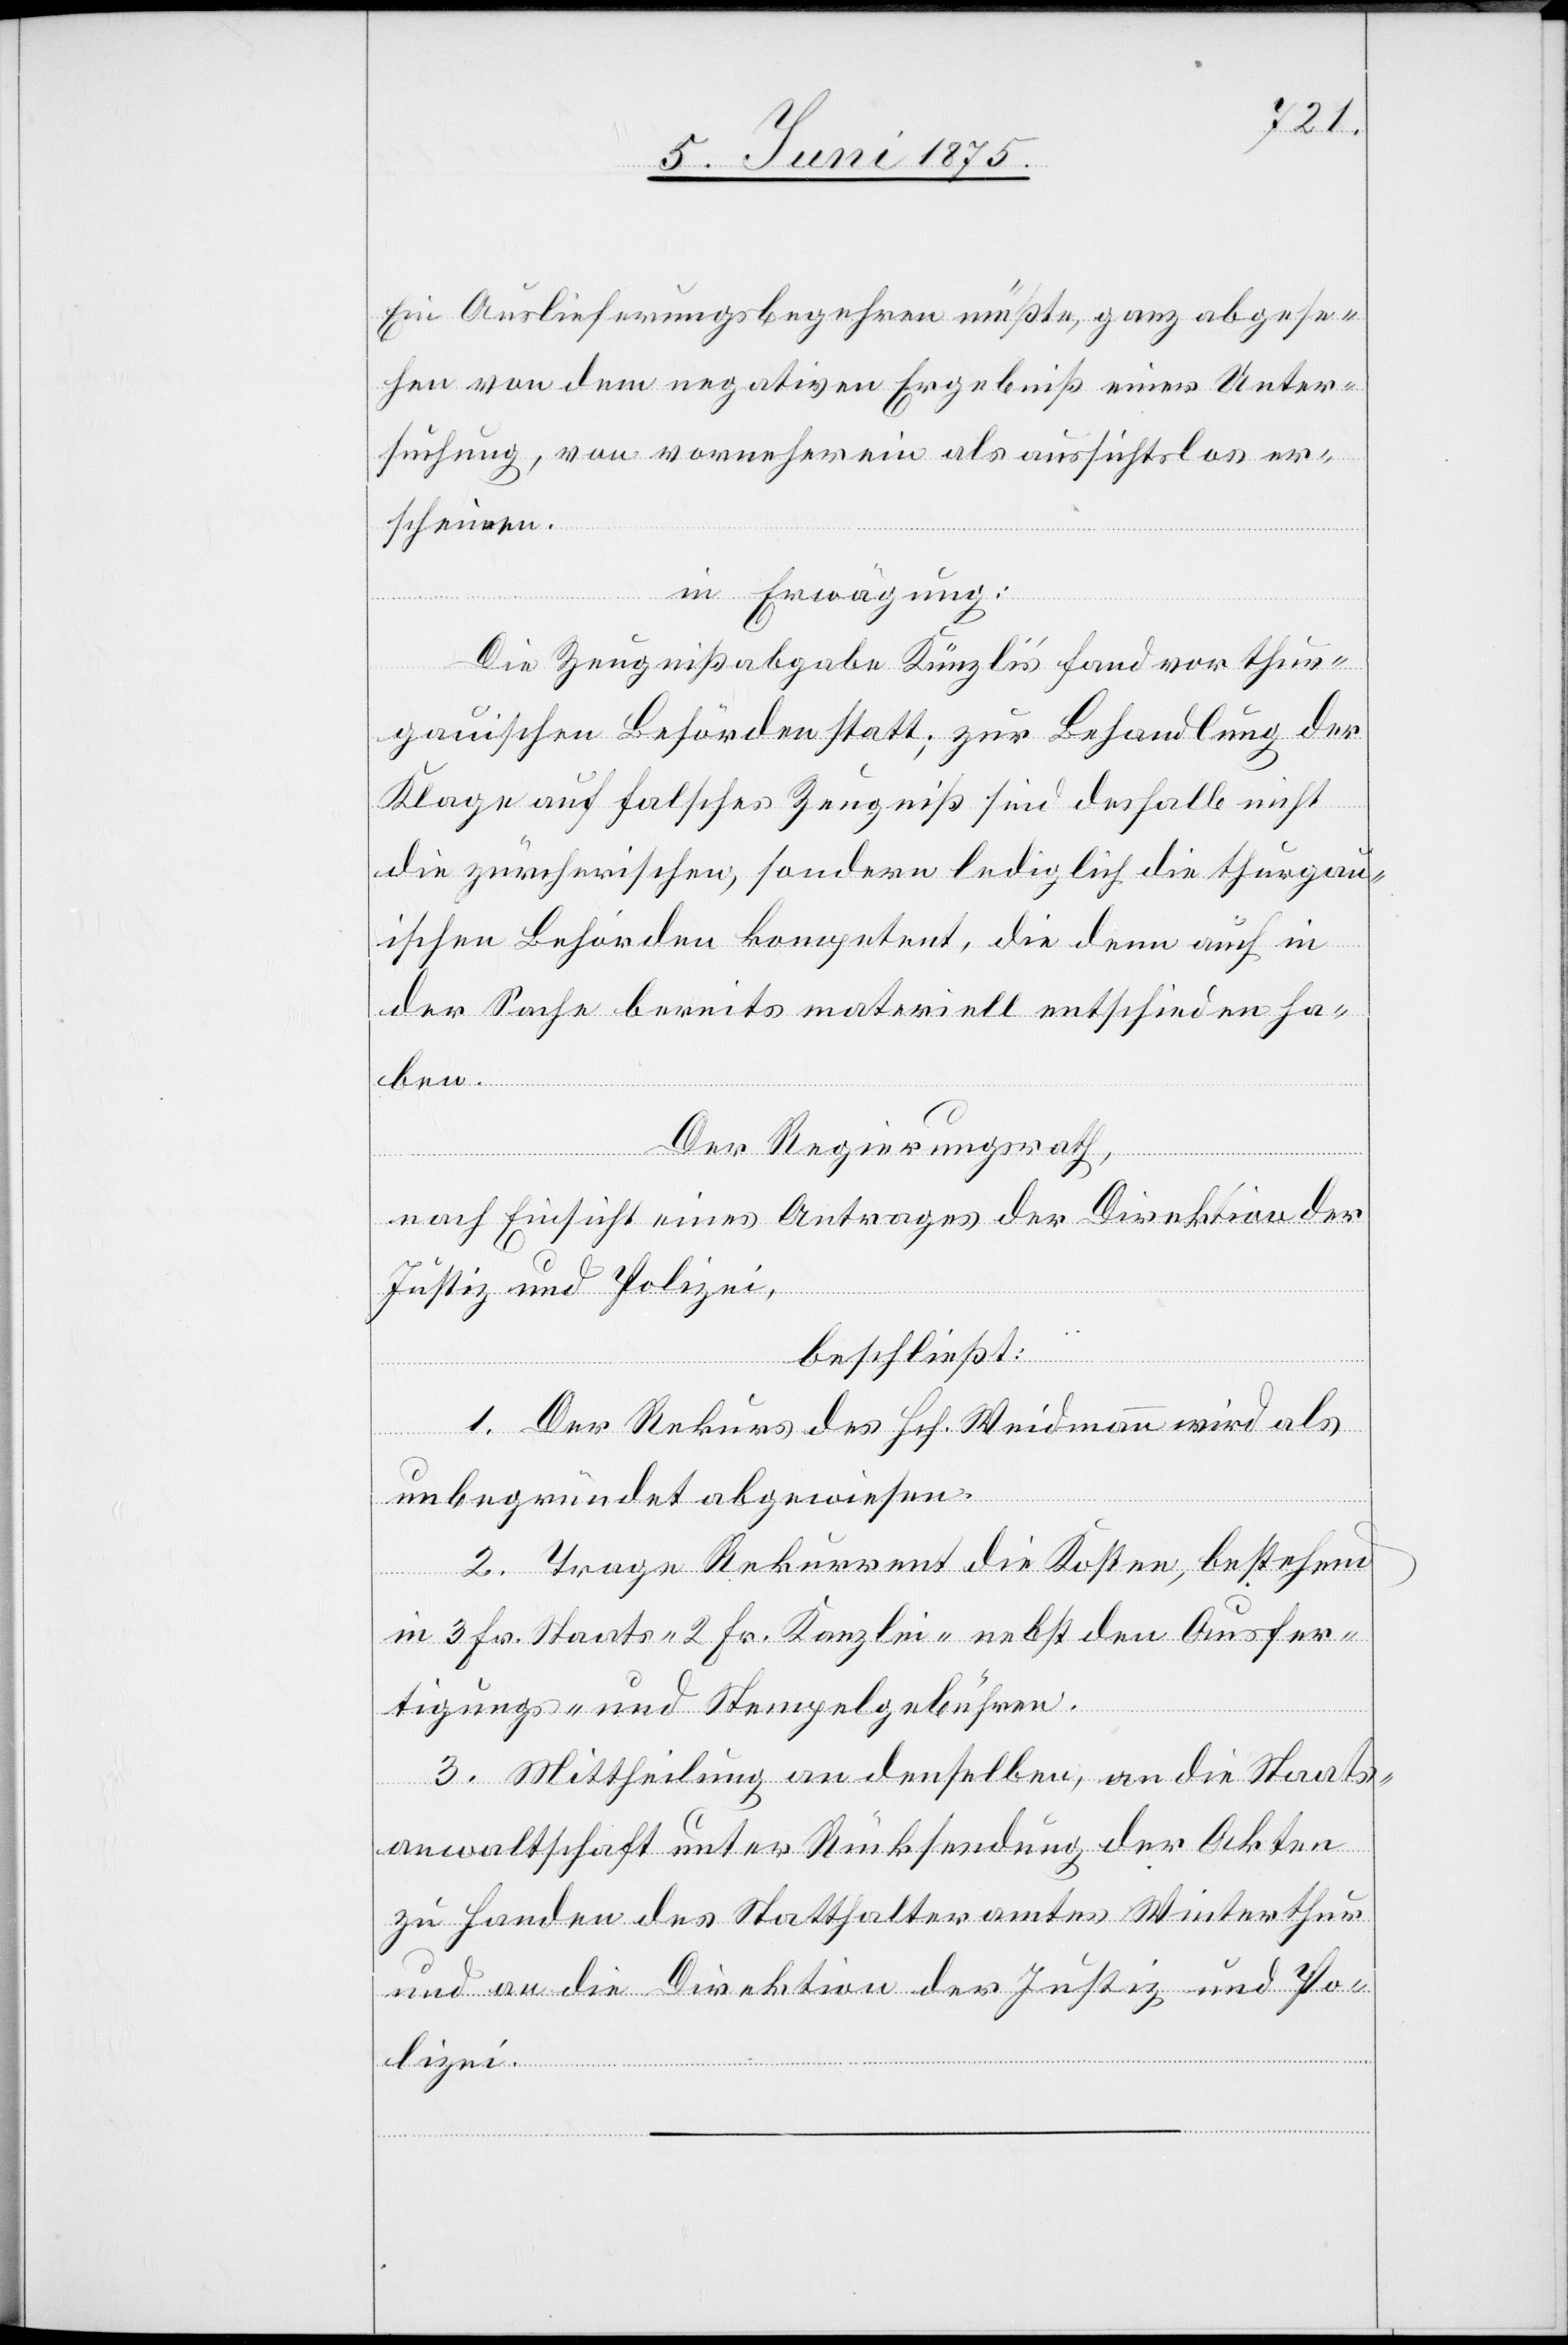
Ein Auslieferungsbegehren müßte, ganz abgese¬
hen von dem negativen Ergebniß einer Unter¬
suchung, von vornherein als aussichtslos er¬
scheinen.
in Erwägung:
Die Zeugnißabgabe Künzli’s fand vor thur¬
gauischen Behörden statt; zur Behandlung der
Klage auf falsches Zeugniß sind deshalb nicht
die zürcherischen, sondern lediglich die thurgau¬
ischen Behörden kompetent, die denn auch in
der Sache bereits materiell entschieden ha¬
ben.
Der Regierungsrath,
zei.
nach Einsicht eines Antrages der Direktion der
Justiz und Polizei,
beschließt:
1. Der Rekurs des Hrh. Weidmann wird als
unbegründet abgewiesen.
2. Trage Rekurrent die Kosten, bestehend
in 3 Fr. Staats- 2 Fr. Kanzlei- nebst den Ausfer¬
tigungs- und Stempelgebühren.
3. Mittheilung an denselben, an die Staats¬
anwaltschaft unter Rücksendung der Akten
zu Handen des Statthalteramtes Winterthur
und an die Direktion der Justiz und Poli¬